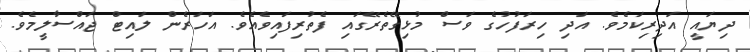
ދިޔައީ އަދިރިކަމެވެ. އަދި ހިރަފުހުގެ ވަސް މުޅިގޭތެރޭގައި ފެތުރިފައިވެއެވެ. އަހަރެން ލައިޓް ޖައްސާލީމެވެ.